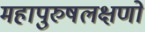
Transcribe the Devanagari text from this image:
महापुरुषलक्षणों